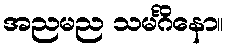
အညမည သမင်္ဂိနော။